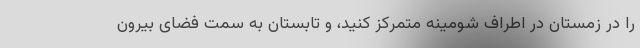
را در زمستان در اطراف شومینه متمرکز کنید، و تابستان به سمت فضای بیرون